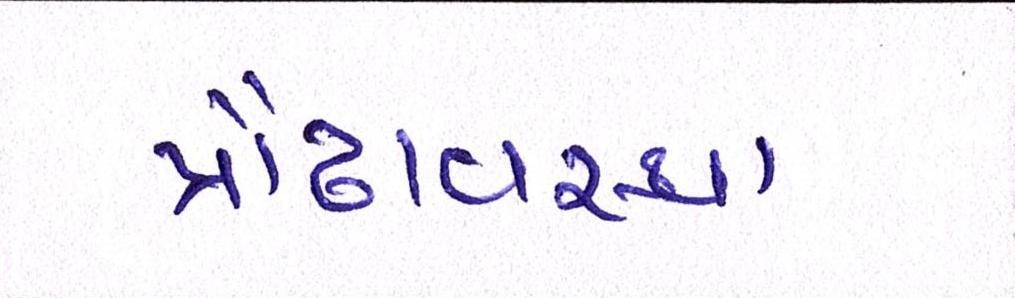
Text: પ્રૌઢાવસ્થા